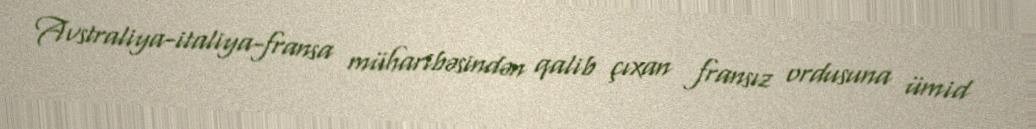
Avstraliya-italiya-fransa müharibəsindən qalib çıxan fransız ordusuna ümid